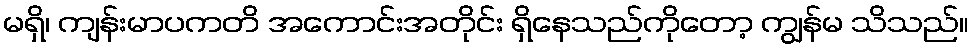
မရှိ၊ ကျန်းမာပကတိ အကောင်းအတိုင်း ရှိနေသည်ကိုတော့ ကျွန်မ သိသည်။